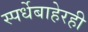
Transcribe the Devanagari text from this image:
स्पर्धेबाहेरही